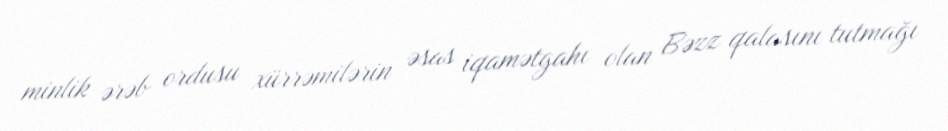
minlik ərəb ordusu xürrəmilərin əsas iqamətgahı olan Bəzz qalasını tutmağı